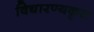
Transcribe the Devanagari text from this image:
विद्यारण्यकृत